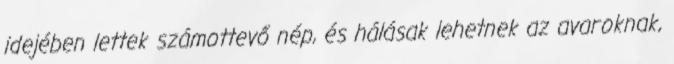
idejében lettek számottevő nép, és hálásak lehetnek az avaroknak,